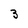
Character: 3